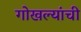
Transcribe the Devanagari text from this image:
गोखल्यांची